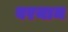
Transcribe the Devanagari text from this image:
वरयाम